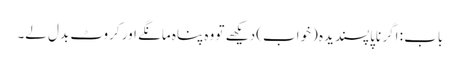
باب : اگر ناپاپسندیدہ (خواب) دیکھے تو وہ پناہ مانگے اور کروٹ بدل لے۔